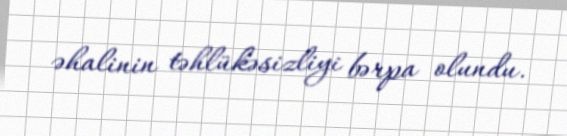
əhalinin təhlükəsizliyi bərpa olundu.